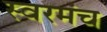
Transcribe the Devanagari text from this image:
स्वरमंच